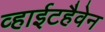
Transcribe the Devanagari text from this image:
व्हाईटहैवेन